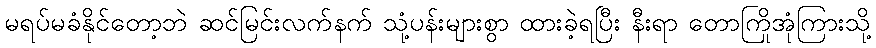
မရပ်မခံနိုင်တော့ဘဲ ဆင်မြင်းလက်နက် သုံ့ပန်းများစွာ ထားခဲ့ရပြီး နီးရာ တောကြိုအုံကြားသို့